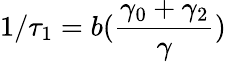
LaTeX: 1/\tau_{1}=b(\frac{\gamma_{0}+\gamma_{2}}{\gamma})